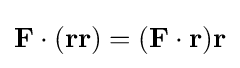
\mathbf {F} \cdot (\mathbf {r} \mathbf {r} )=(\mathbf {F} \cdot \mathbf {r} )\mathbf {r}